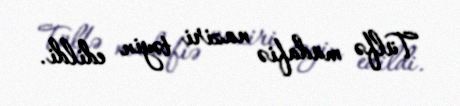
Tülfə müdafiə naziri təyin edildi.